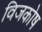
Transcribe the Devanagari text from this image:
विजकोष